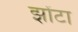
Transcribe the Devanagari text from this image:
झोंटा